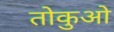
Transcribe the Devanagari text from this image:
तोकुओ